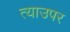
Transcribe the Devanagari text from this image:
त्याउपर